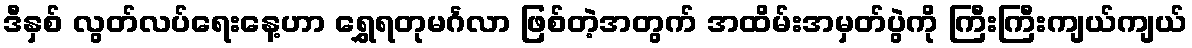
ဒီနှစ် လွတ်လပ်ရေးနေ့ဟာ ရွှေရတုမင်္ဂလာ ဖြစ်တဲ့အတွက် အထိမ်းအမှတ်ပွဲကို ကြီးကြီးကျယ်ကျယ်